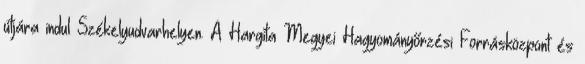
útjára indul Székelyudvarhelyen. A Hargita Megyei Hagyományőrzési Forrásközpont és